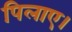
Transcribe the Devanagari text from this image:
पिलाए।